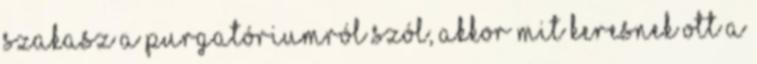
szakasz a purgatóriumról szól, akkor mit keresnek ott a